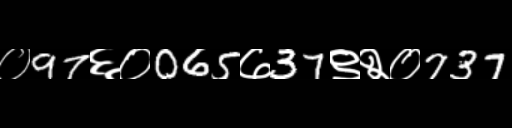
Text: ०97६०065७37९२०737